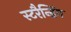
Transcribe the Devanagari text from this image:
स्टरैन्डिंग